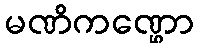
မဏိကဏ္ဌော